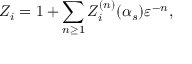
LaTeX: Z _ { i } = 1 + \sum _ { n \geq 1 } Z _ { i } ^ { ( n ) } ( \alpha _ { s } ) \varepsilon ^ { - n } ,